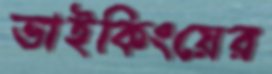
ভাইকিংয়ের